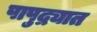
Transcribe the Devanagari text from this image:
पापुद्र्यात